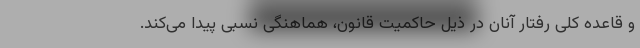
و قاعده کلی رفتار آنان در ذیل حاکمیت قانون، هماهنگی نسبی پیدا می‌کند.